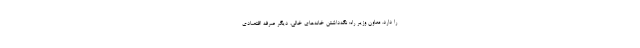
را دارد. معاون وزیر راه: نگه‌داشتن خانه‌های خالی، دیگر صرفه اقتصادی